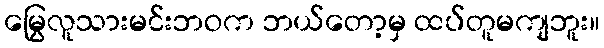
မြွေလူသားမင်းဘဝက ဘယ်တော့မှ ထပ်တူမကျဘူး။